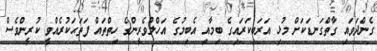
ގެންދަވައި ގާތްގަނޑަކަށް މުޅި އަރަބިކަރައިގެ ބިމާއި އެބިމުގެ އަހްލުވެރީންގެ ހިތްތައް ފަތަޙަކުރެއްވީ ކުރީންވެސް